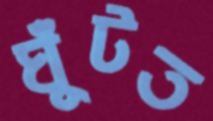
ঘুঁটত